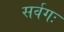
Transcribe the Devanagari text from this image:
सर्वगः